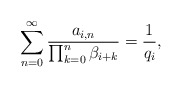
\begin{align*}\sum_{n=0}^\infty\frac{a_{i,n}}{\prod_{k=0}^n\beta_{i+k}}=\frac{1}{q_i},\end{align*}